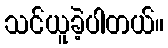
သင်ယူခဲ့ပါတယ်။